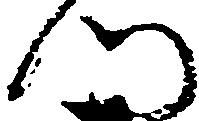
門